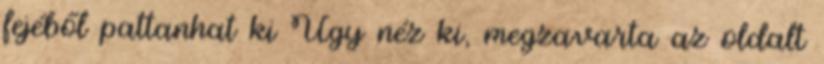
fejéből pattanhat ki Úgy néz ki, megzavarta az oldalt